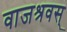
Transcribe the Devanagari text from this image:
वाजश्रवस्